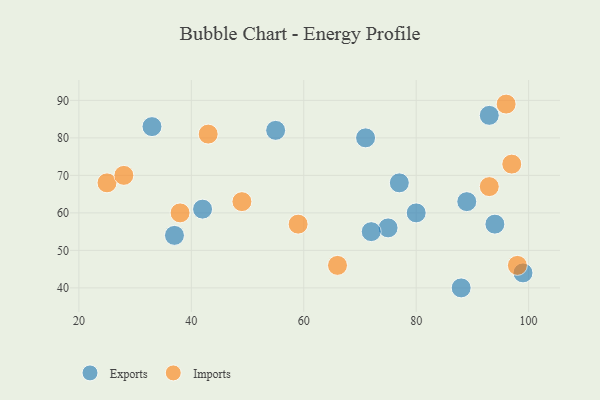
{"axis": {"x": "GDP", "y": "Life Expectancy"}, "legend": ["Exports", "Imports"], "data": [{"x": "80", "y": 60, "type": "Exports"}, {"x": "88", "y": 40, "type": "Exports"}, {"x": "99", "y": 44, "type": "Exports"}, {"x": "71", "y": 80, "type": "Exports"}, {"x": "55", "y": 82, "type": "Exports"}, {"x": "75", "y": 56, "type": "Exports"}, {"x": "42", "y": 61, "type": "Exports"}, {"x": "72", "y": 55, "type": "Exports"}, {"x": "77", "y": 68, "type": "Exports"}, {"x": "94", "y": 57, "type": "Exports"}, {"x": "89", "y": 63, "type": "Exports"}, {"x": "37", "y": 54, "type": "Exports"}, {"x": "33", "y": 83, "type": "Exports"}, {"x": "93", "y": 86, "type": "Exports"}, {"x": "96", "y": 89, "type": "Imports"}, {"x": "98", "y": 46, "type": "Imports"}, {"x": "25", "y": 68, "type": "Imports"}, {"x": "28", "y": 70, "type": "Imports"}, {"x": "59", "y": 57, "type": "Imports"}, {"x": "66", "y": 46, "type": "Imports"}, {"x": "97", "y": 73, "type": "Imports"}, {"x": "43", "y": 81, "type": "Imports"}, {"x": "93", "y": 67, "type": "Imports"}, {"x": "49", "y": 63, "type": "Imports"}, {"x": "38", "y": 60, "type": "Imports"}]}